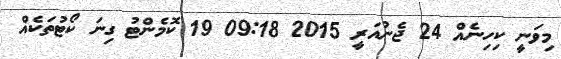
މިވަނީ ކިހިނެއް 24 ޖެނުއަރީ 2015 09:18 19 ކޮމެންޓު ގިނަ ކޯޓުތަކެއް